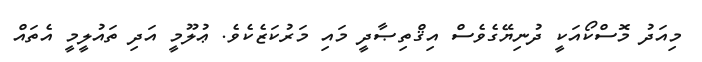
މިއަދު މޮސްކޯއަކީ ދުނިޔޭގެވެސް އިޤްތިޞާދީ މައި މަރުކަޒެކެވެ. ޢުލޫމީ އަދި ތައުލީމީ އެތައް